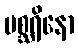
မစ္ဆရိနော